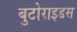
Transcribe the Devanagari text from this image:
बुटोराइडस